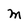
Character: M